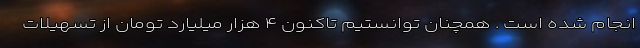
انجام شده است . همچنان توانستیم تاکنون ۴ هزار میلیارد تومان از تسهیلات